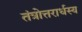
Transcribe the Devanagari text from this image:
तंत्रोत्तरार्धस्य